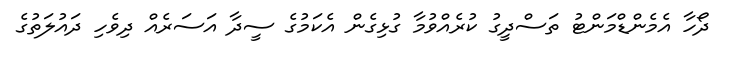
ދޯހާ އެމެންޑްމަންޓު ތަސްދީގު ކުރެއްވުމާ ގުޅިގެން އެކަމުގެ ސީދާ އަސަރެއް ދިވެހި ދައުލަތުގެ